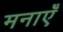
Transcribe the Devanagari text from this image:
मनाएँ